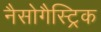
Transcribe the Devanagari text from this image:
नैसोगैस्ट्रिक